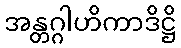
အန္တဂ္ဂါဟိကာဒိဋ္ဌိ